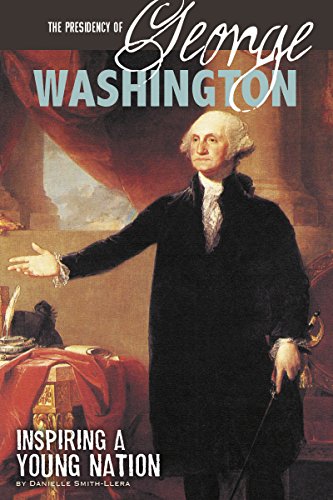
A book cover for The Presidency of George Washington: Inspiring a Young Nation (The Greatest U.S. Presidents); Danielle Smith-Llera; Children's Books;